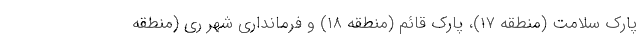
پارک سلامت (منطقه ۱۷)، پارک قائم (منطقه ۱۸) و فرمانداری شهر ری (منطقه